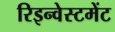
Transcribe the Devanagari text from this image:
रिइन्वेस्टमेंट